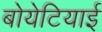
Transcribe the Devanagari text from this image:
बोयेटियाई